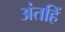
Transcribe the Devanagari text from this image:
अंतहिं